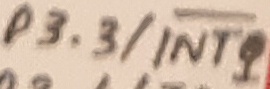
Text: P3.3/INT1